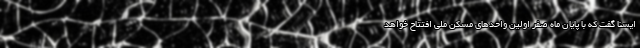
ایسنا گفت که با پایان ماه صفر اولین واحدهای مسکن ملی افتتاح خواهد